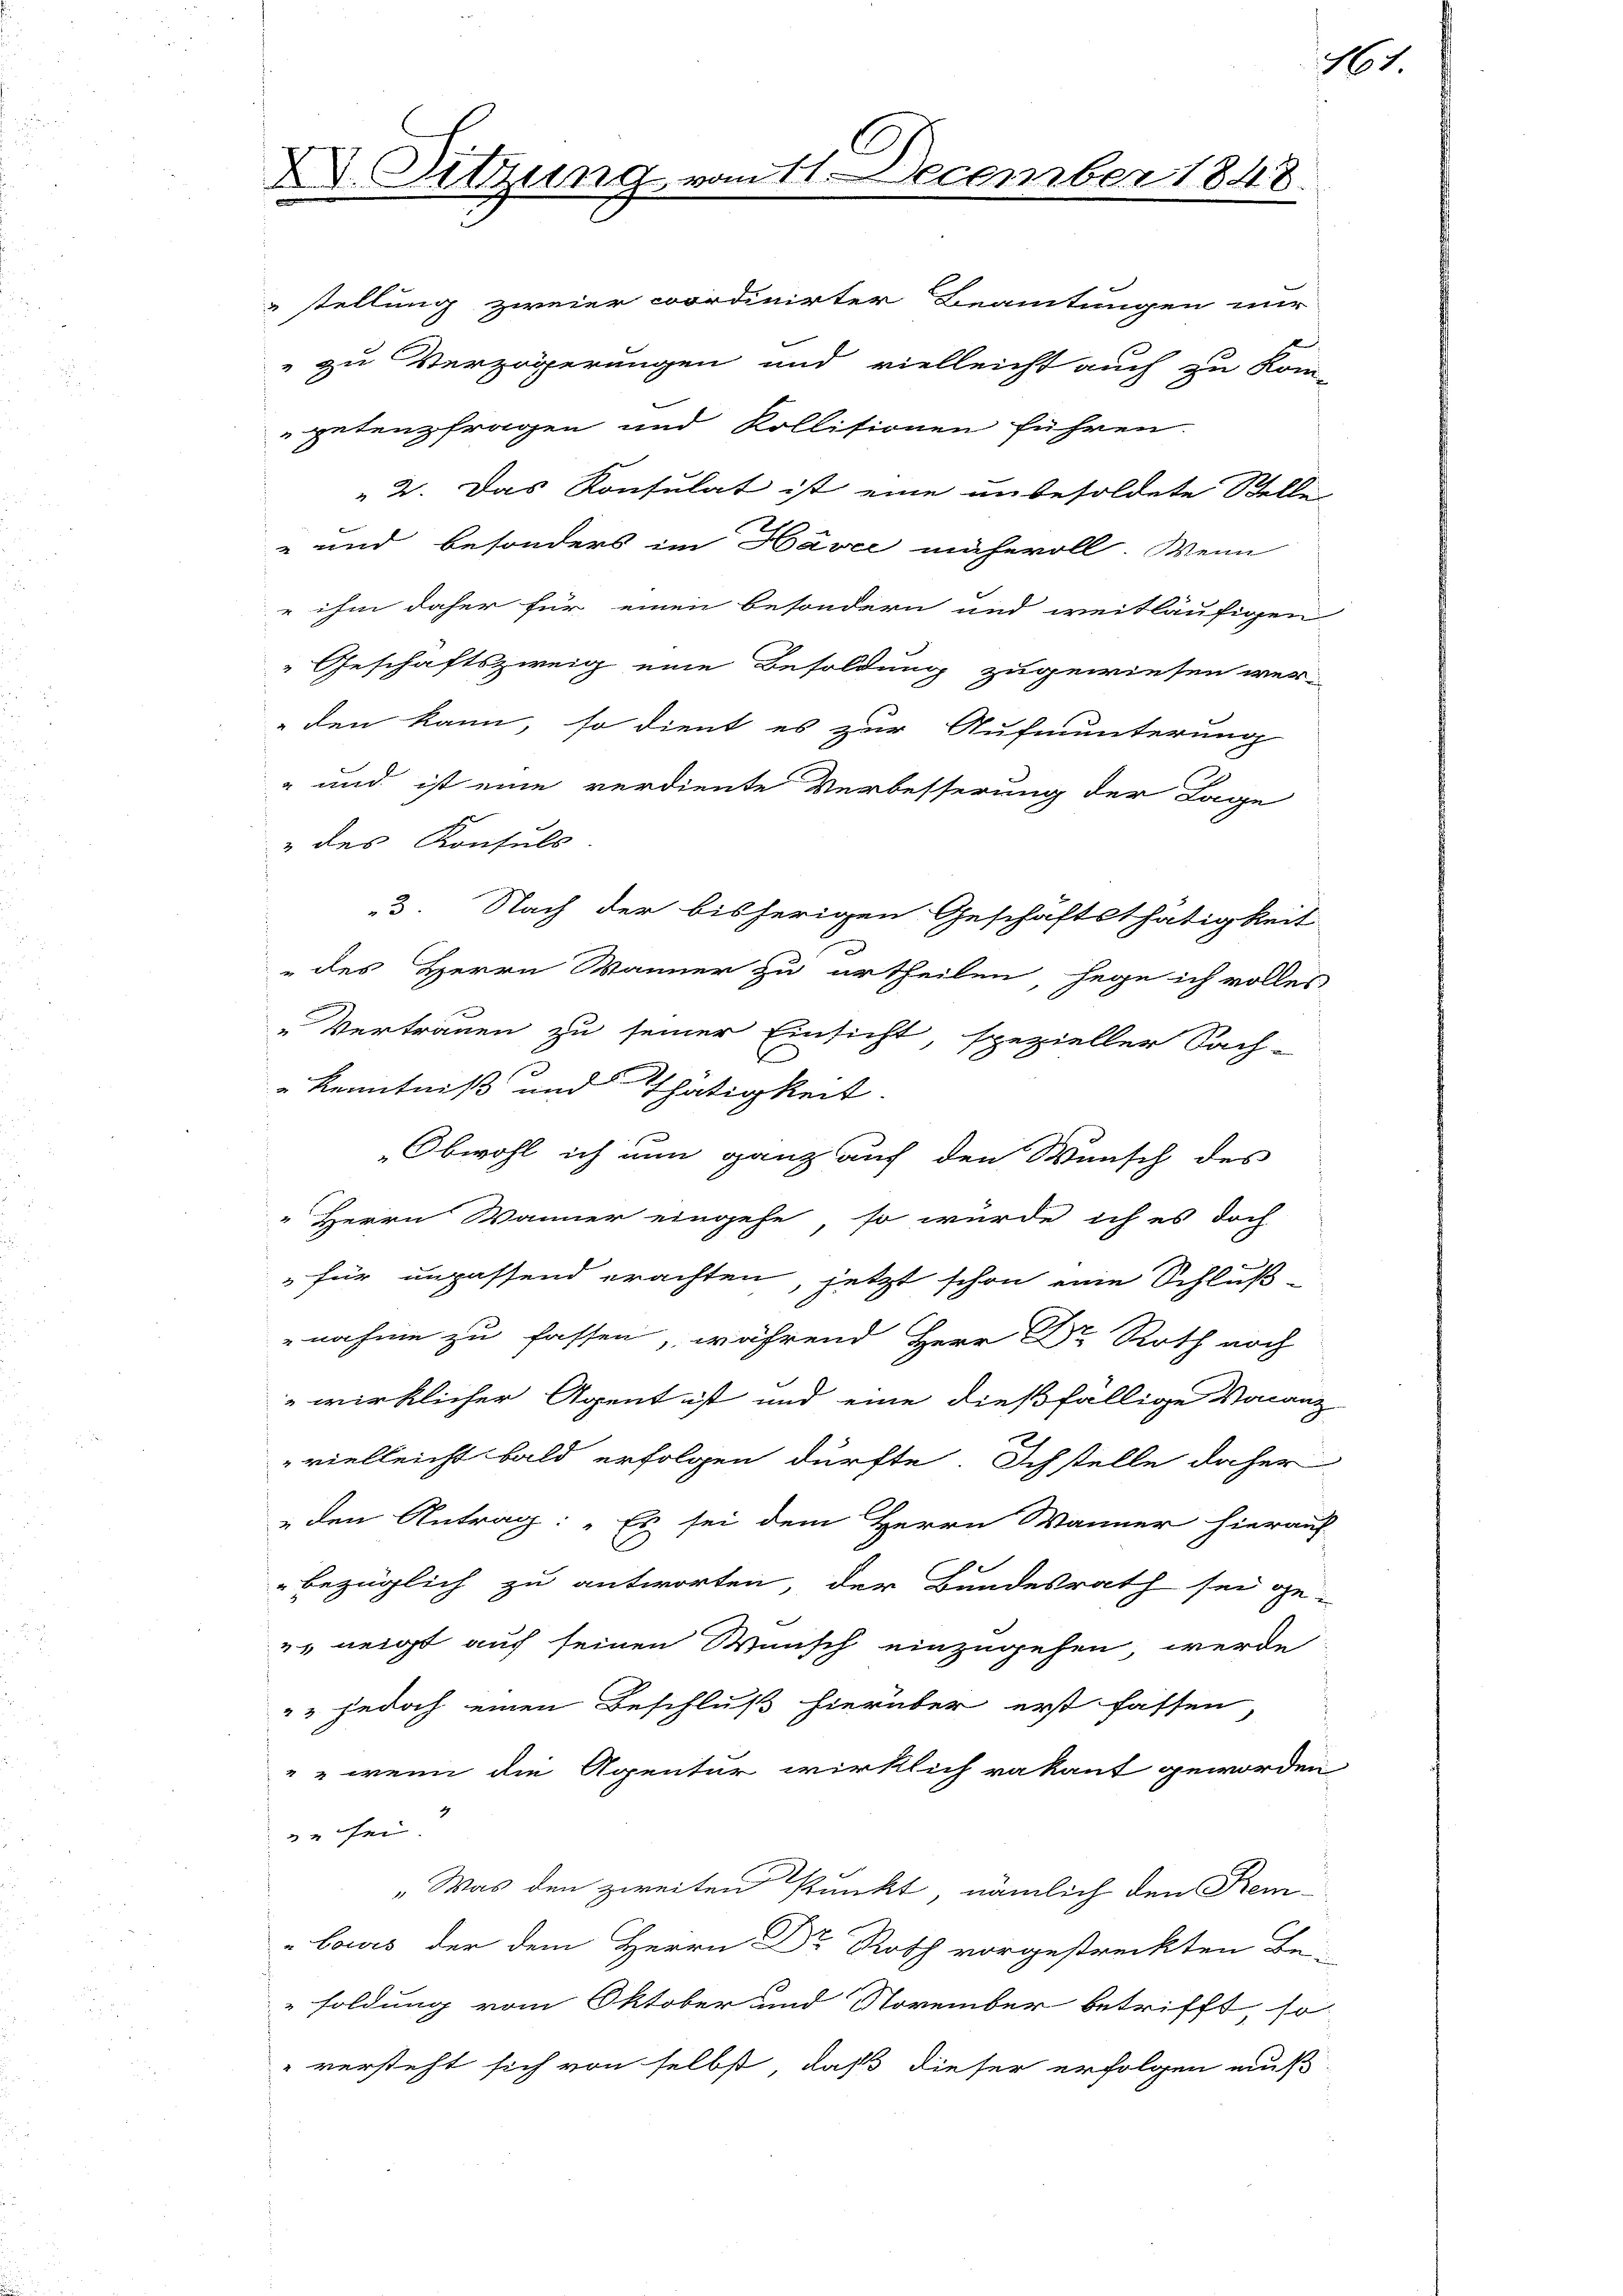
XV. Sitzung vom 11. December 1848.

stellung zweier cordinirter Beamtungen nur
" zu Verzögerungen und vielleicht auch zu kom-
petenzfragen und Kollisionen führen.
2. Das Konsulat ist eine unbesoldete Stelle
" und besonders im Havec mühevoll. Wenn
 ihm daher für einen besondern und weitläufigen
 Geschäftszweig eine Besoldung zugewiesen werden kann, so dient es zur Aufmunterung
" und ist eine verdiente Verbesserung der Lage
" des Konsuls
3. Nach der bisherigen Geschäftsthätigkeit
 des Herrn Wanner zu urtheilen, sage ich volles
Vertrauen zu seiner Einsicht, spezieller Sach-
.
" Kenntniß und Thätigkeit.
Obwohl ich nun ganz auf den Wunsch des
"Herrn Wänner eingehe, so würde ich es doch
" für unpassend erachten, jetzt schon eine Schluß-
nahme zu fassen, während Herr Dr Roth noch
wirklicher Agent ist und eine dießfällige Voranz-
vielleicht bald erfolgen dürfte. Ich stelle daher
„den Antrag: „Es sei dem Herrn Wänner hierauf
bezüglich zu antworten, der Bundesrath sei ge-
" neigt auf seinen Wunsch einzugehen werde
". jedoch einen Beschluß hierüber erst fassen
"" wenn die Agentur wirklich rakant geworden
4
fen.
„Was den zweiten Punkt, nämlich den Rem
„bours der dem Herrn Dr Roth vorgestreckten Be-
soldung vom Oktober und November betrifft, so
" versteht sich von selbst, daß dieser erfolgen muß

i

61